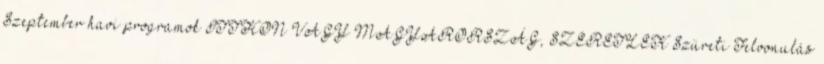
Szeptember havi programok ITTHON VAGY MAGYARORSZÁG, SZERETLEK Szüreti Felvonulás